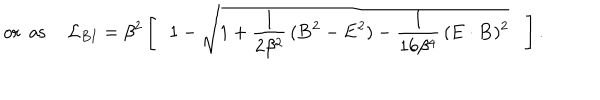
\, \ \ \mathrm { o r \ \ a s } \ \ \, \ \ { \cal { L } } _ { B I } = \beta ^ { 2 } \, \Biggl [ \, \ \ 1 - \sqrt { 1 + \frac { 1 } { 2 \beta ^ { 2 } } \, ( { \bf B } ^ { 2 } - { \bf E } ^ { 2 } ) - \frac { 1 } { 1 6 \beta ^ { 4 } } \, ( { \bf E } \cdot { \bf B } ) ^ { 2 } } \, \ \ \, \Biggr ] \, .